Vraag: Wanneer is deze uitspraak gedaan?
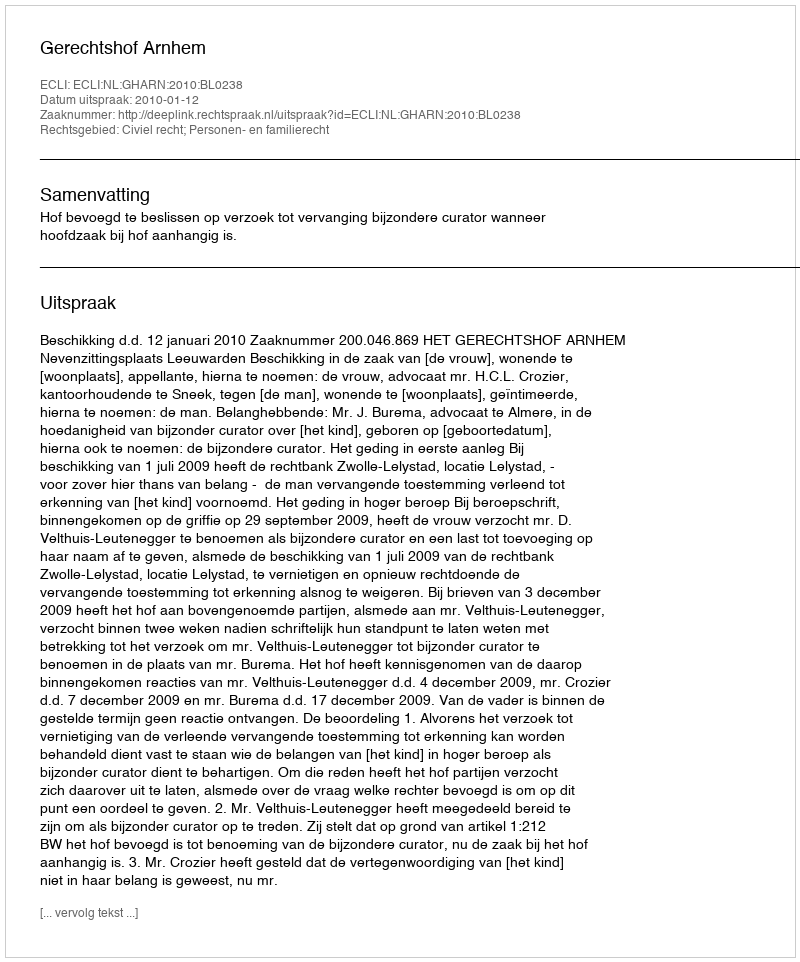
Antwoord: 2010-01-12